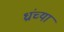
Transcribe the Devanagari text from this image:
ध्रांच्या